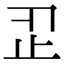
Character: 𣥒